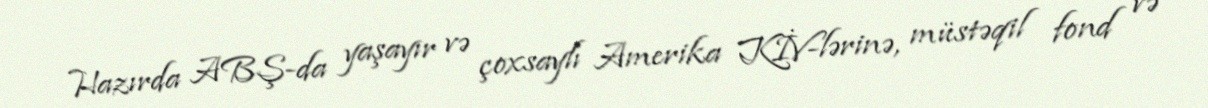
Hazırda ABŞ-da yaşayır və çoxsaylı Amerika KİV-lərinə, müstəqil fond və